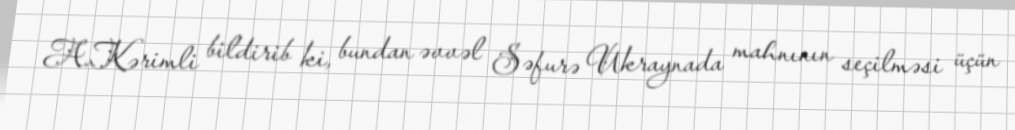
A.Kərimli bildirib ki, bundan əvvəl Səfurə Ukraynada mahnının seçilməsi üçün